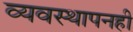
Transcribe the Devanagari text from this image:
व्यवस्थापनही